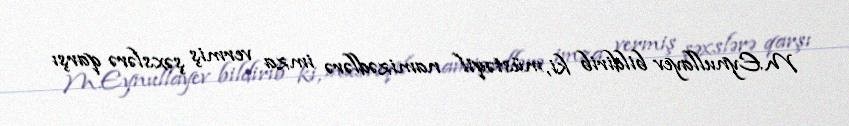
M.Eynullayev bildirib ki, müstəqil namizədlərə imza vermiş şəxslərə qarşı